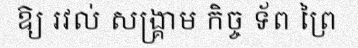
ឱ្យ រវល់ សង្គ្រាម កិច្ច ទ័ព ព្រៃ